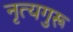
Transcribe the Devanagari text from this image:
नृत्यगुरू